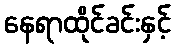
နေရာထိုင်ခင်းနှင့်